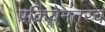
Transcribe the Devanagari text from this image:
प्रक्रियेनंतरच